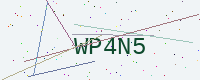
Text: WP4N5